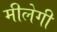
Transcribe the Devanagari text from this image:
मीलेगी